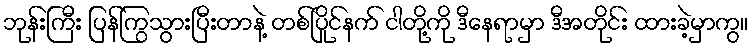
ဘုန်းကြီး ပြန်ကြွသွားပြီးတာနဲ့ တစ်ပြိုင်နက် ငါတို့ကို ဒီနေရာမှာ ဒီအတိုင်း ထားခဲ့မှာကွ။